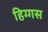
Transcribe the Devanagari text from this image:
हिग्गस